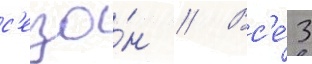
с'езо́н // Вс'е́ 3